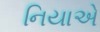
નિયાએ